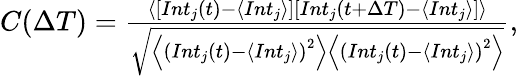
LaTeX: \begin{array}{r}{C(\Delta T)=\frac{\left\langle\left[Int_{j}(t)-\left\langle Int_{j}\right\rangle\right]\left[Int_{j}(t+\Delta T)-\left\langle Int_{j}\right\rangle\right]\right\rangle}{\sqrt{\left\langle\left(Int_{j}(t)-\left\langle Int_{j}\right\rangle\right)^{2}\right\rangle\left\langle\left(Int_{j}(t)-\left\langle Int_{j}\right\rangle\right)^{2}\right\rangle}},}\end{array}